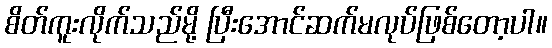
စိတ်ကူးလိုက်သည်မို့ ပြီးအောင်ဆက်မလုပ်ဖြစ်တော့ပါ။